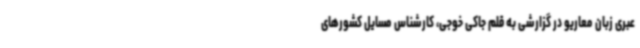
عبری زبان معاریو در گزارشی به قلم جاکی خوجی، کارشناس مسایل کشورهای